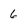
Character: 6